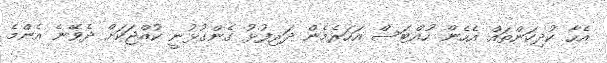
އެހާ ކުދިކަންތައް އެހެން ހުއްޓަސް އަހަރެމެން ދަރިފުޅު ގެންގުޅުނީ ކުއްޖަކަށް ދެވޭނެ އެންމެ